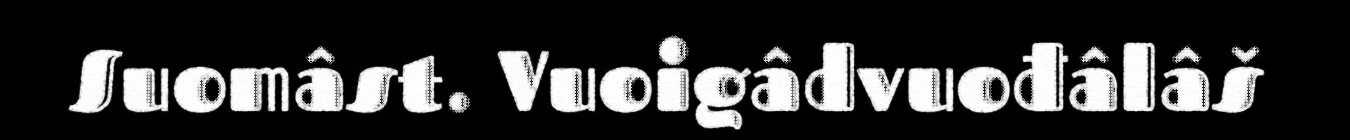
Suomâst. Vuoigâdvuođâlâš